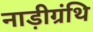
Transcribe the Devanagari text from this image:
नाड़ीग्रंथि